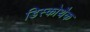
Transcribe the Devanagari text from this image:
डिस्कोथैक